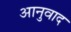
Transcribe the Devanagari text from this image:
आनुवाद